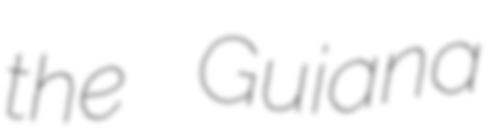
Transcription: the Guiana